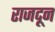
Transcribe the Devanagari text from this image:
राजदून